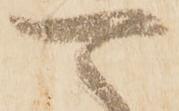
可